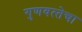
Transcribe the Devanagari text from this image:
गुणवत्‍तेचा